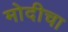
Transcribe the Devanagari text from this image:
मोदीचा